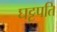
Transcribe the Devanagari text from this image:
घट्टपति